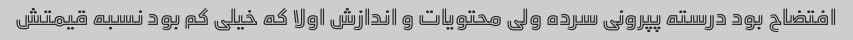
افتضاح بود درسته پپرونی سرده ولی محتویات و اندازش اولا که خیلی کم بود نسبه قیمتش